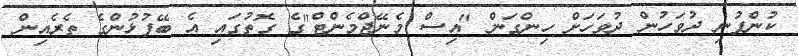
ކުންފުނި ދުވަހުން ދުވަހަށް ހިންގަން "އިސް މެނޭޖްމެންޓް"ގެ ގޮތުގައި އެ ބޭފުޅުންގެ ތެރެއިން